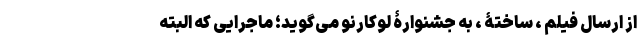
از ارسال فیلم ، ساختۀ ، به جشنوارۀ لوکارنو می‌گوید؛ ماجرایی که البته